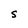
Character: S